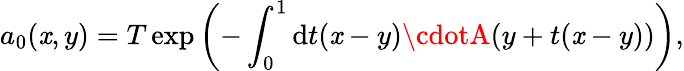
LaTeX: a_{0}(\mathit{x},y)=T\exp\left(-\int_{0}^{1}\mathrm{{d}}t(\mathit{x}-y)\cdotA(y+t(\mathit{x}-y))\right),